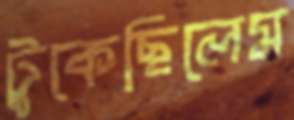
টুকেছিলেম